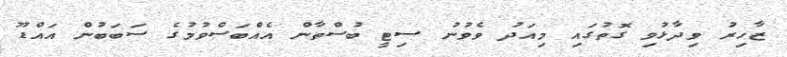
ޒާހިރު ވިދާޅުވި ގޮތުގައި މިއަދު ވެވުނު ސިޓީ ބުސްތާން އެއްބަސްވުމުގެ ސަބަބުން އައްޑޫ